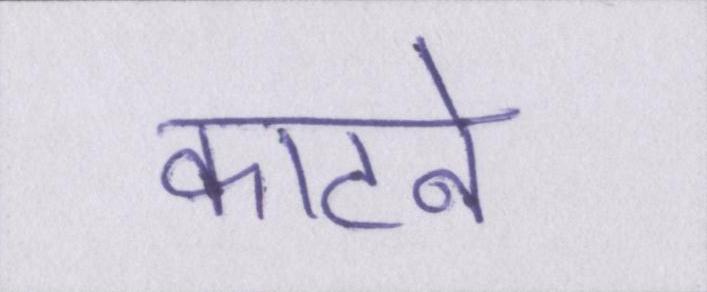
काटने